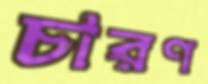
চারণ